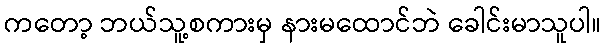
ကတော့ ဘယ်သူ့စကားမှ နားမထောင်ဘဲ ခေါင်းမာသူပါ။